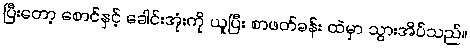
ပြီးတော့ စောင်နှင့် ခေါင်းအုံးကို ယူပြီး စာဖတ်ခန်း ထဲမှာ သွားအိပ်သည်။